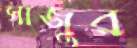
সাজুর